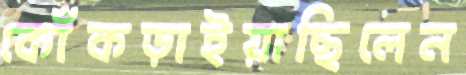
কোঁকড়াইয়াছিলেন